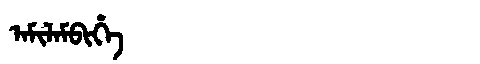
Manchu: ᠠᠮᡳᠯᠠᠮᠪᡳᡥᡝ
Romanization: AMILAMBIHE